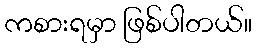
ကစားရမှာ ဖြစ်ပါတယ်။